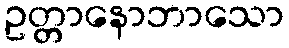
ဥတ္တာနောဘာသော